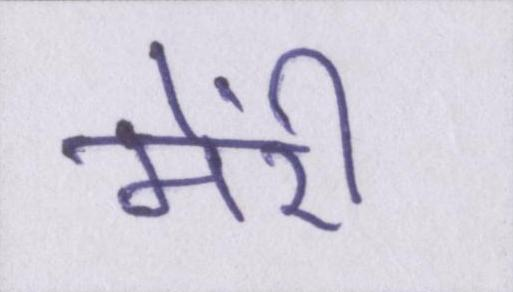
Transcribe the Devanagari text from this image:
मेंरी